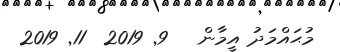
މުޙައްމަދު އީމާން   9